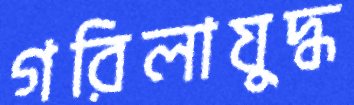
গরিলাযুদ্ধ